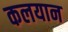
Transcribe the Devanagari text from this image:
कलयान